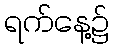
ရက်နေ့၌